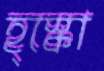
হ্স্কো